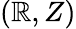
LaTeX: (\mathbb{R},Z)